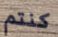
كنتم